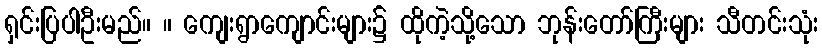
ရှင်းပြပါဦးမည်။ ။ ကျေးရွာကျောင်းများ၌ ထိုကဲ့သို့သော ဘုန်းတော်ကြီးများ သီတင်းသုံး